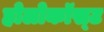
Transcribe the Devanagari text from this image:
होलोकॉस्‍ट